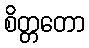
စိတ္တတော